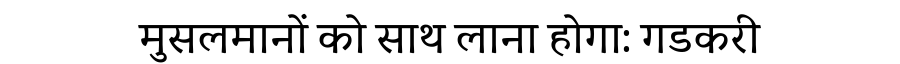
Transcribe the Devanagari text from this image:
मुसलमानों को साथ लाना होगा: गडकरी